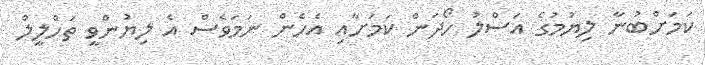
ކަމަށްބުނާ ލިޔުމުގެ އަސްލު ހޯދަން ކަމަށާއި އެހެން ނަމަވެސް އެ ލިޔުންވީ ތަހްލީލް